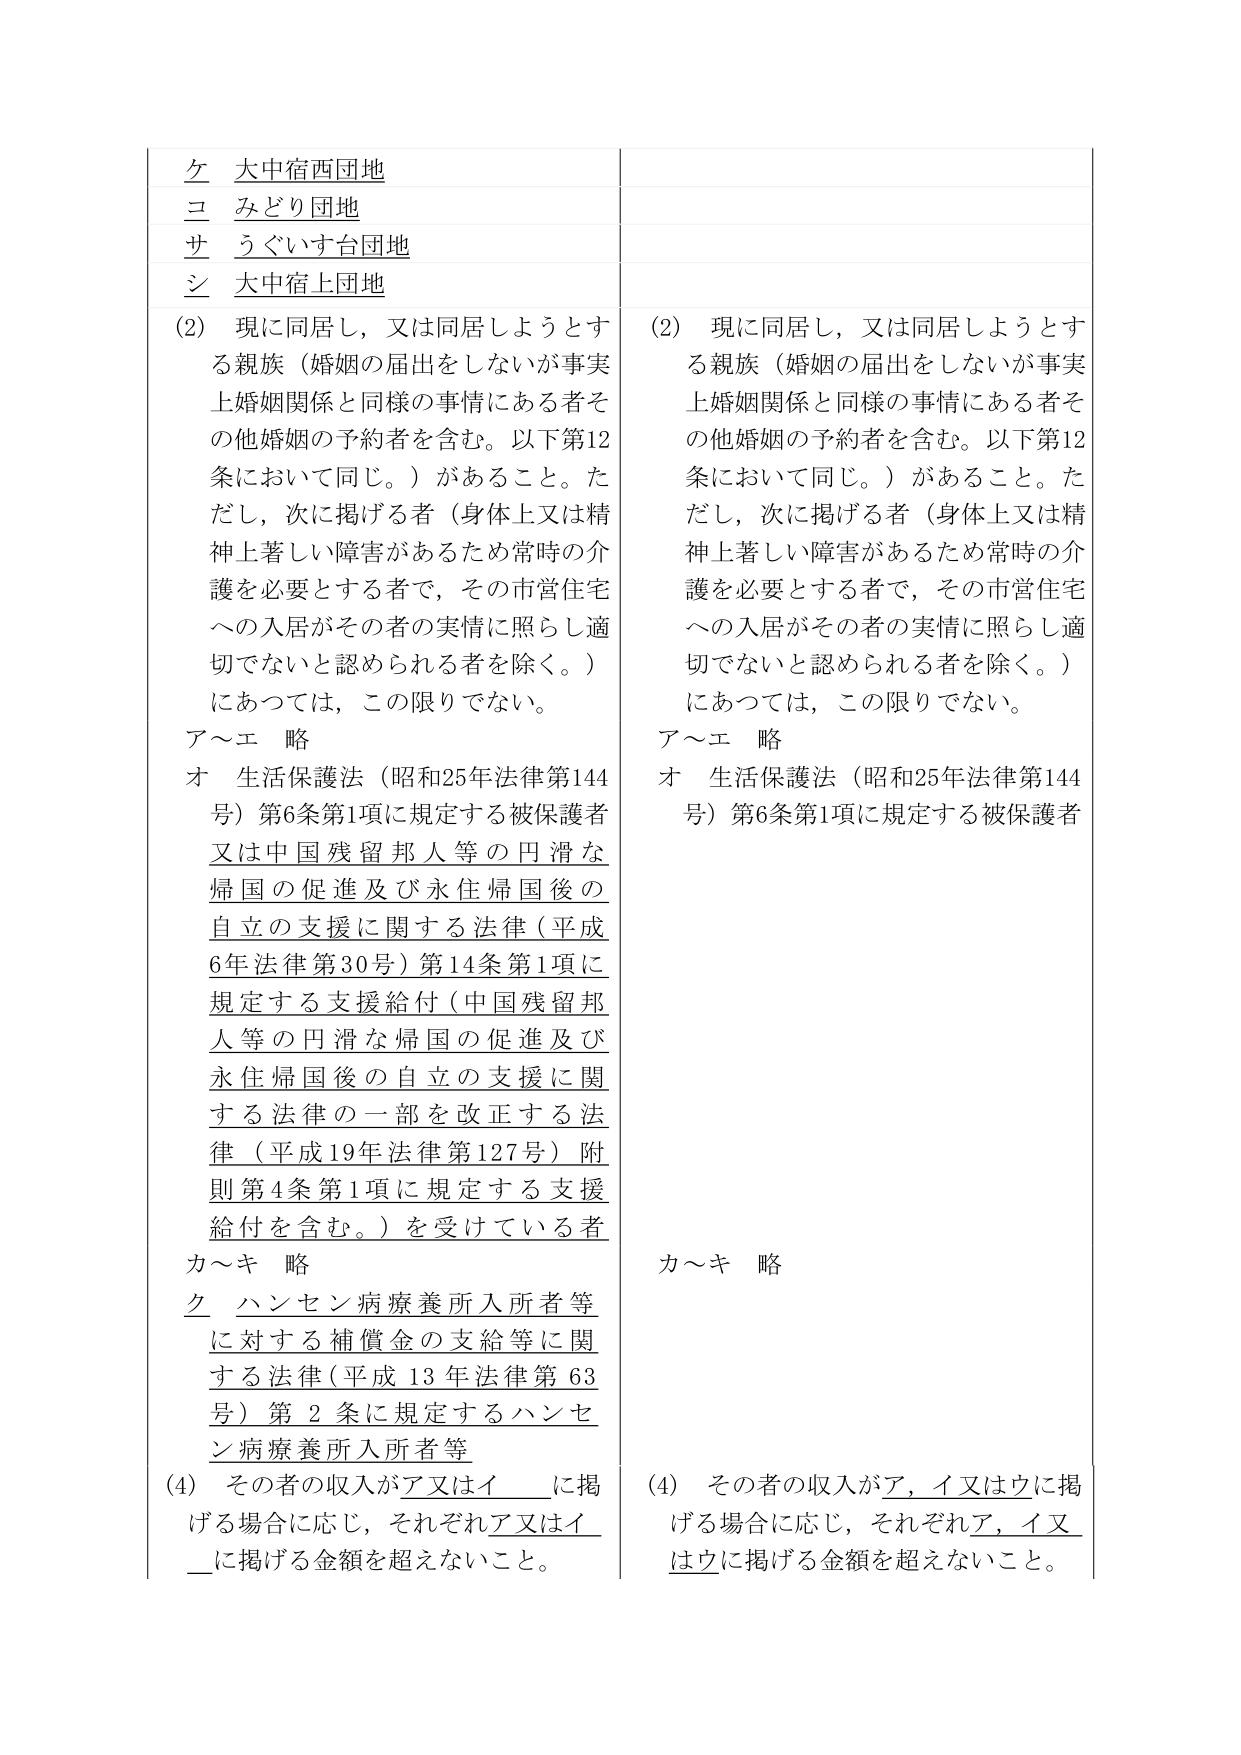
ケ 大中宿西団地
コ みどり団地
サ うぐいす台団地
シ 大中宿上団地

(2) 現に同居し、又は同居しようとする親族（婚姻の届出をしないが事実上婚姻関係と同様の事情にある者その他婚姻の予約者を含む。以下第12条において同じ。）があること。ただし、次に掲げる者（身体上又は精神上著しい障害があるため常時の介護を必要とする者で、その市営住宅への入居がその者の実情に照らし適切でないと認められる者を除く。）にあっては、この限りでない。
ア～エ 略
オ 生活保護法（昭和25年法律第144号）第6条第1項に規定する被保護者又は中国残留邦人等の円滑な帰国の促進及び永住帰国後の自立の支援に関する法律（平成6年法律第30号）第14条第1項に規定する支援給付（中国残留邦人等の円滑な帰国の促進及び永住帰国後の自立の支援に関する法律の一部を改正する法律（平成19年法律第127号）附則第4条第1項に規定する支援給付を含む。）を受けている者
カ～キ 略
ク ハンセン病療養所入所者等に対する補償金の支給等に関する法律（平成13年法律第63号）第2条に規定するハンセン病療養所入所者等
(4) その者の収入がア又はイに掲げる場合に応じ、それぞれア又はイに掲げる金額を超えないこと。

(2) 現に同居し、又は同居しようとする親族（婚姻の届出をしないが事実上婚姻関係と同様の事情にある者その他婚姻の予約者を含む。以下第12条において同じ。）があること。ただし、次に掲げる者（身体上又は精神上著しい障害があるため常時の介護を必要とする者で、その市営住宅への入居がその者の実情に照らし適切でないと認められる者を除く。）にあっては、この限りでない。
ア～エ 略
オ 生活保護法（昭和25年法律第144号）第6条第1項に規定する被保護者
カ～キ 略
(4) その者の収入がア、イ又はウに掲げる場合に応じ、それぞれア、イ又はウに掲げる金額を超えないこと。